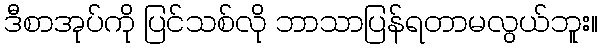
ဒီစာအုပ်ကို ပြင်သစ်လို ဘာသာပြန်ရတာမလွယ်ဘူး။